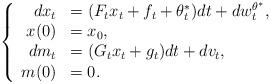
LaTeX: \begin{align*}\left\{\begin{array}[c]{rl}{dx}_{t} & =(F_{t}{x}_{t}+f_{t}+\theta_{t}^{\ast})dt+dw_{t}^{\theta^{\ast}},\\{x}(0) & =x_{0},\\{dm}_{t} & =(G_{t}x_{t}+g_{t})dt+dv_{t},\\{m}(0) & =0.\end{array}\right. \end{align*}